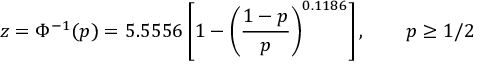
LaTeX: z = \Phi ^ { - 1 } ( p ) = 5 . 5 5 5 6 \left[ 1 - \left( { \frac { 1 - p } { p } } \right) ^ { 0 . 1 1 8 6 } \right] , \qquad p \geq 1 / 2